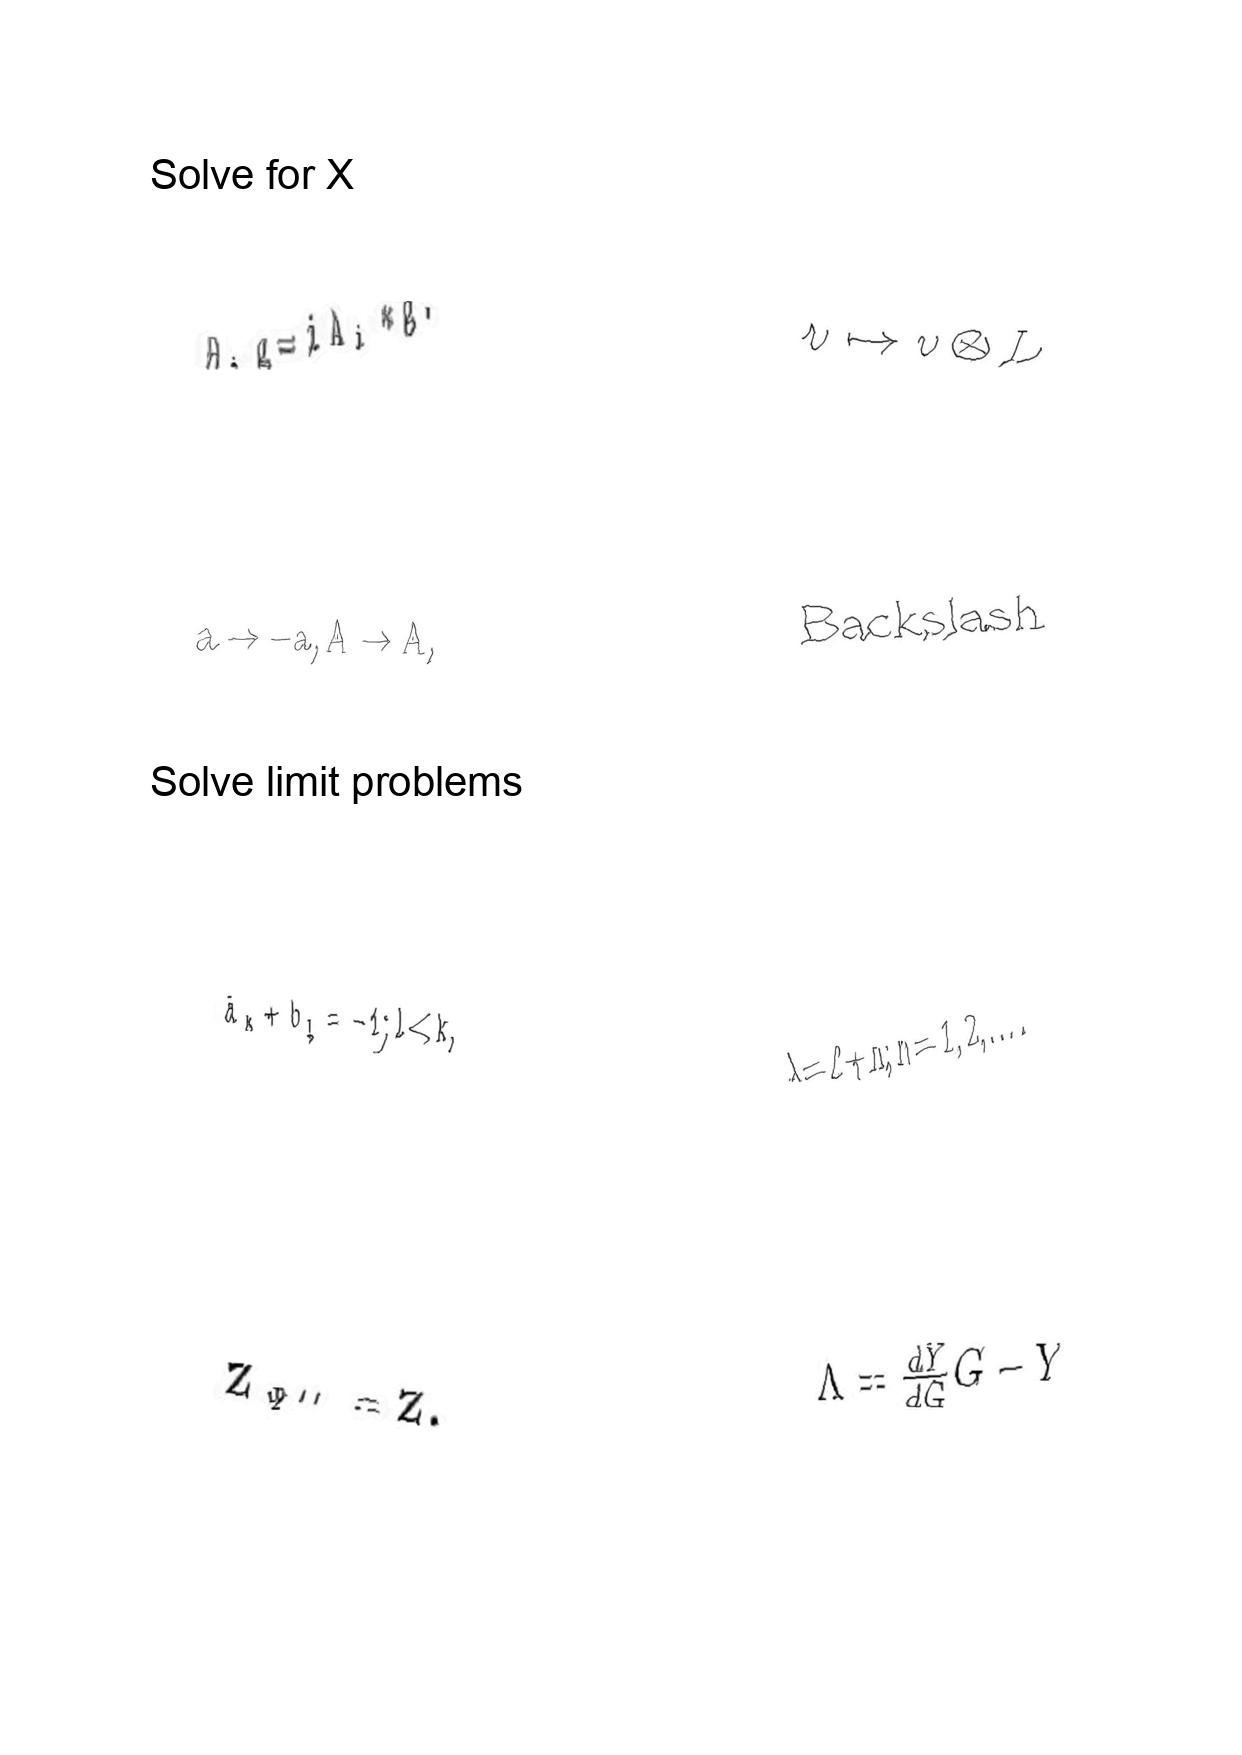
LaTeX transcription:
\partial _ { i } g = i A _ { i } \ast g .
a \rightarrow - a , A \rightarrow A ,
\bar { a } _ { k } + b _ { l } = - 1 ; l \lt k ,
Z _ { \Psi ^ { \prime \prime } } = Z .
v \mapsto v \otimes L
B a c k s l a s h
\lambda = \ell + n ; n = 1 , 2 , \ldots .
\Lambda = \frac { d Y } { d G } G - Y